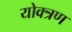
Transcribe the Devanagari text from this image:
योक्त्रण